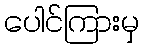
ပေါင်ကြားမှ